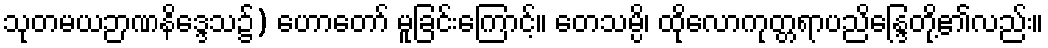
သုတမယဉာဏနိဒ္ဒေသ၌) ဟောတော် မူခြင်းကြောင့်။ တေသမ္ပိ၊ ထိုလောကုတ္တရာပညိန္ဒြေတို့၏လည်း။